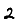
Digit: 2